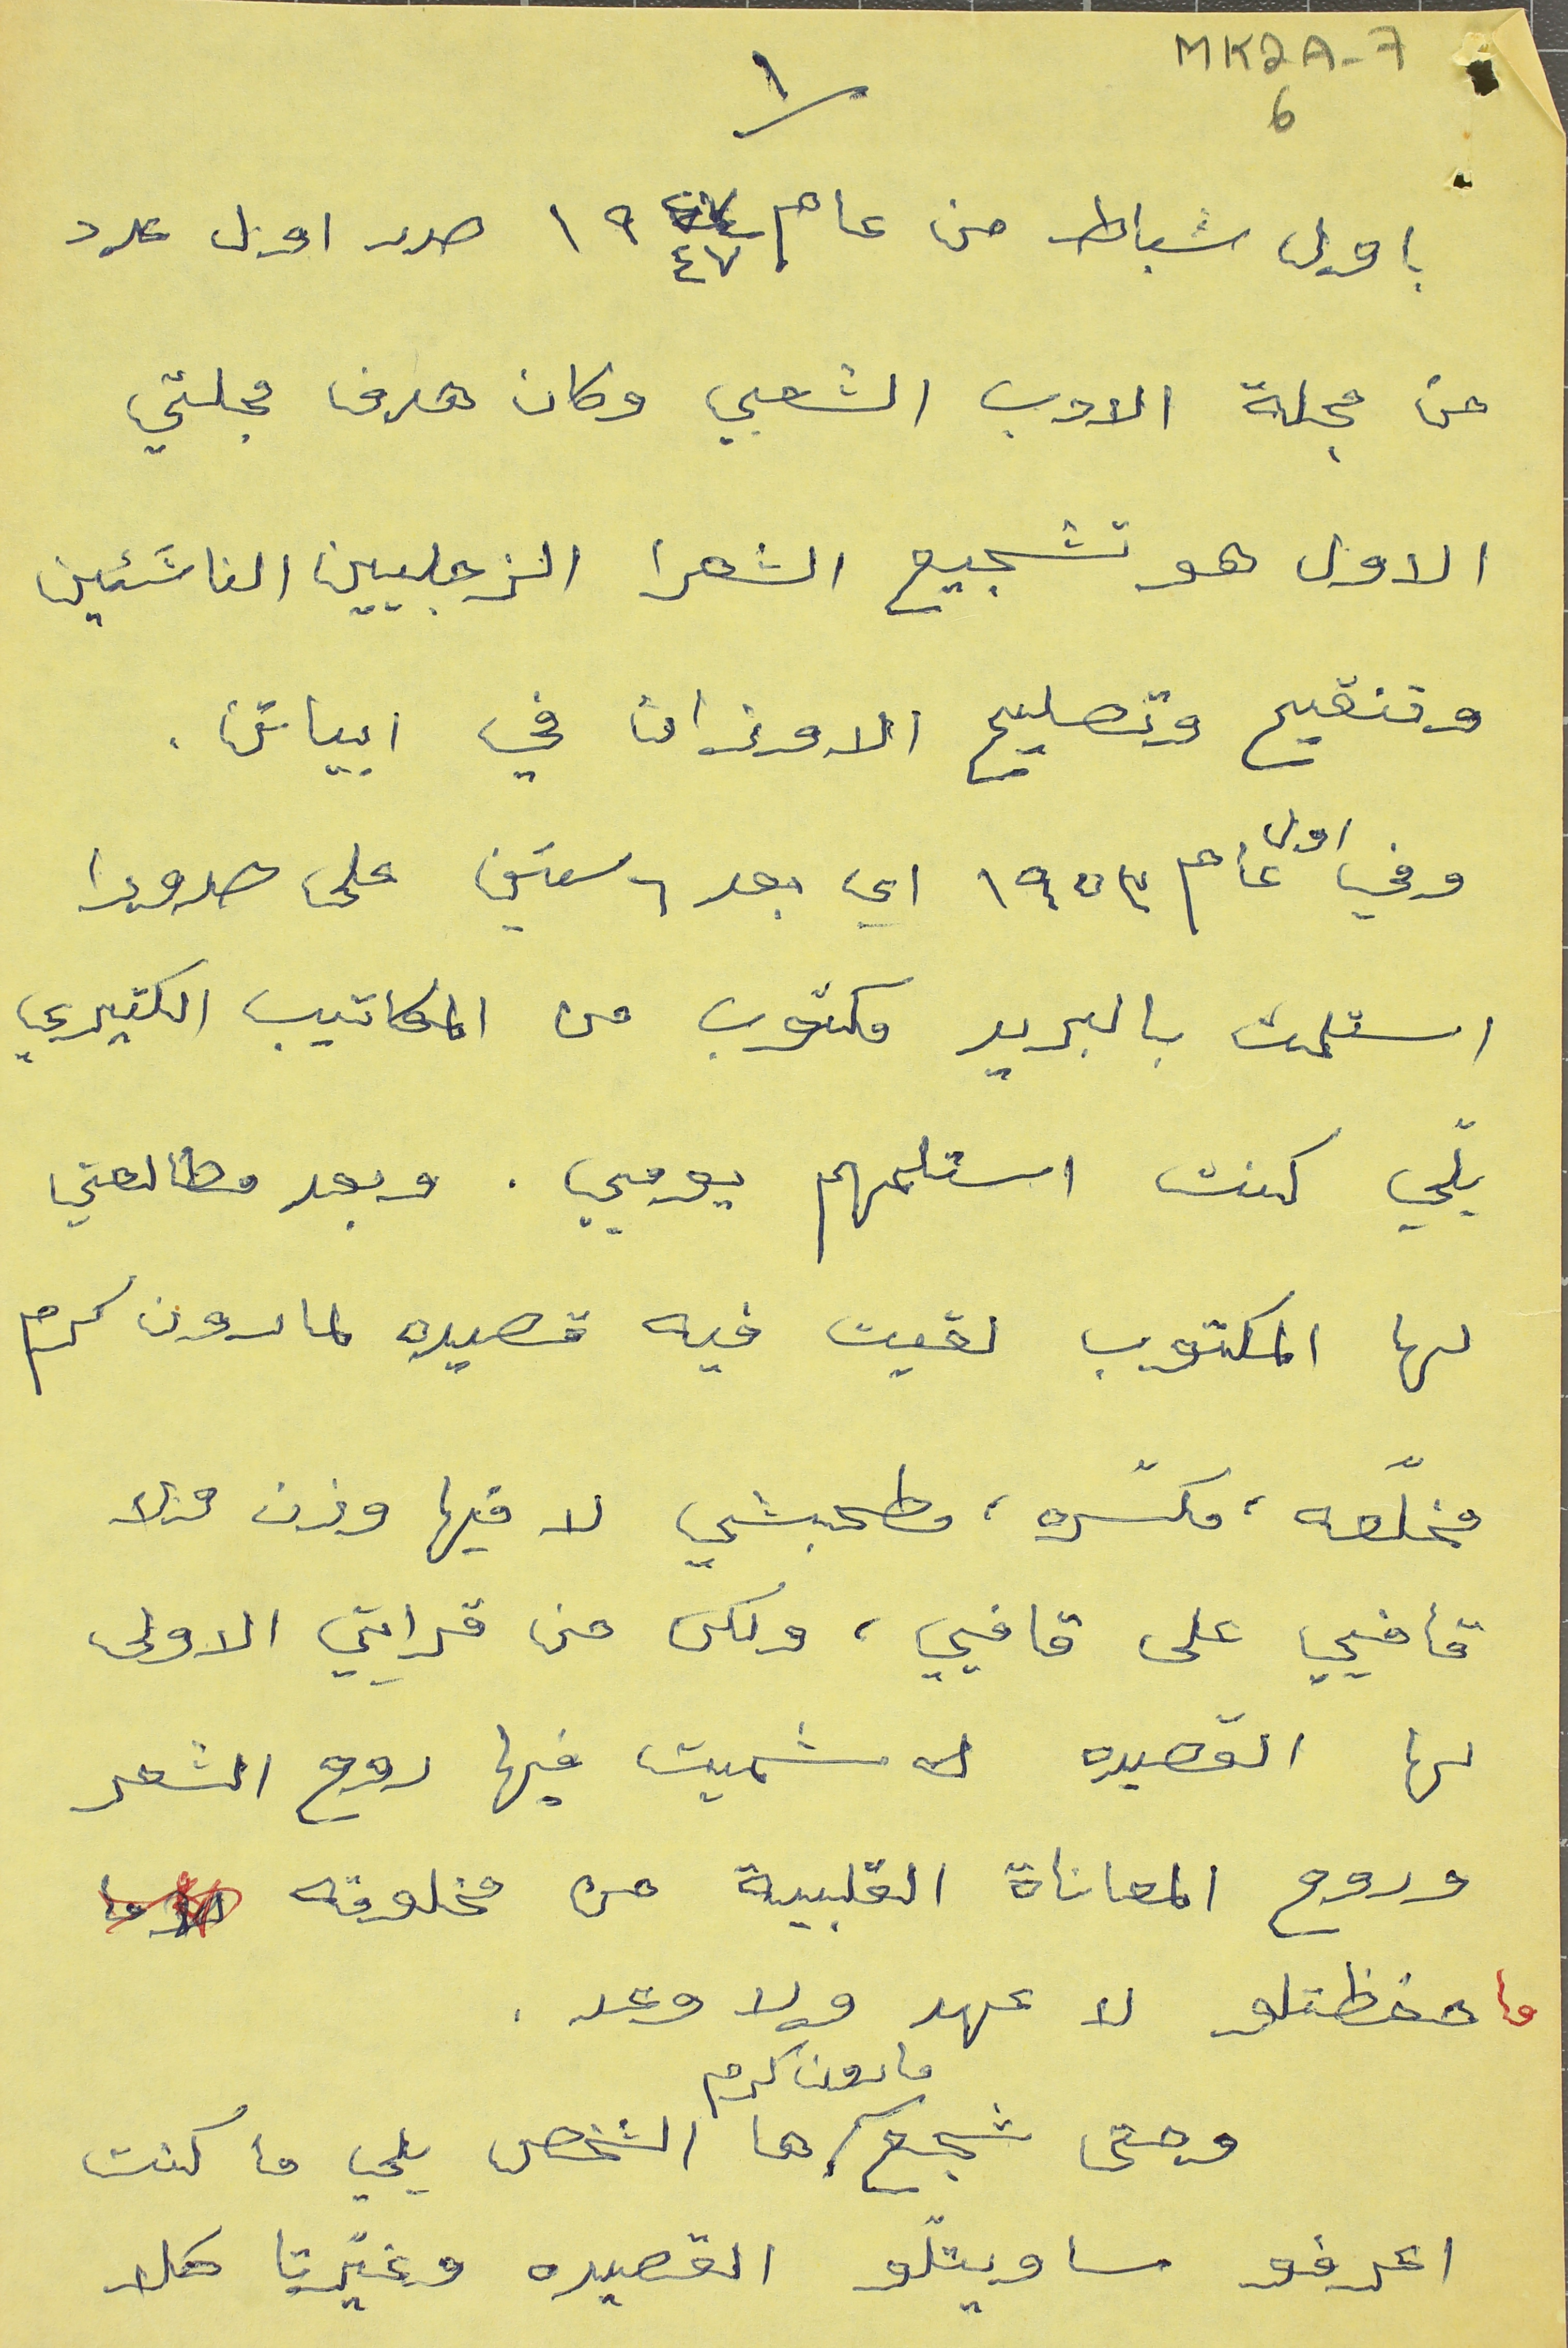
MK2A-76
باول شباط من عام ١٩٤٧ صدر اول عدد
من مجلة الادب الشعبي وكان هدف مجلتي
الاول هو تشجيع الشعرا الزجليين الناشَئين
وتنقيح وتصليح الاوزان في ابياتن.
وفي اول عام ١٩٥٣ اي بعد ٦ سنين على صدورا
استلمت بالبريد مكتوب من المكاتيب الكتيري
يلّي كنت استلمهم يومي. وبعد مطالعتي
لها المكتوب لقيت فيه قصيده لمارون كرم
مخلّعه، مكسّره، مطحبشي لا فيها وزن ولا
قافيي على قافيي، ولكن من قرايتي الاولى
لها القصيده شميت فيها روح الشعر
وروح المعاناة القلبية من مخلوقه
ما حفظتلو لا عهد ولا وعد
وحتى شجع مارون كرم ها الشخص يلي ما كنت
اعرفو ساويتلّو القصيده وغيّرتا كلا
١